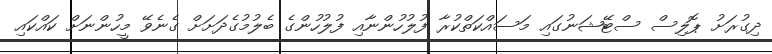
ދިގުރަށު ޕޮލިސް ސްޓޭޝަނުގައި މަސައްކަތްކުރާ ފުލުހުންނާއި ފުލުހުންގެ ބެލުމުގެދަށަށް ގެނެވޭ މީހުންނަށް ކައްކައި